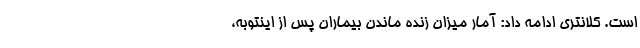
است. کلانتری ادامه داد: آمار میزان زنده ماندن بیماران پس از اینتوبه،